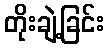
တိုးချဲ့ခြင်း